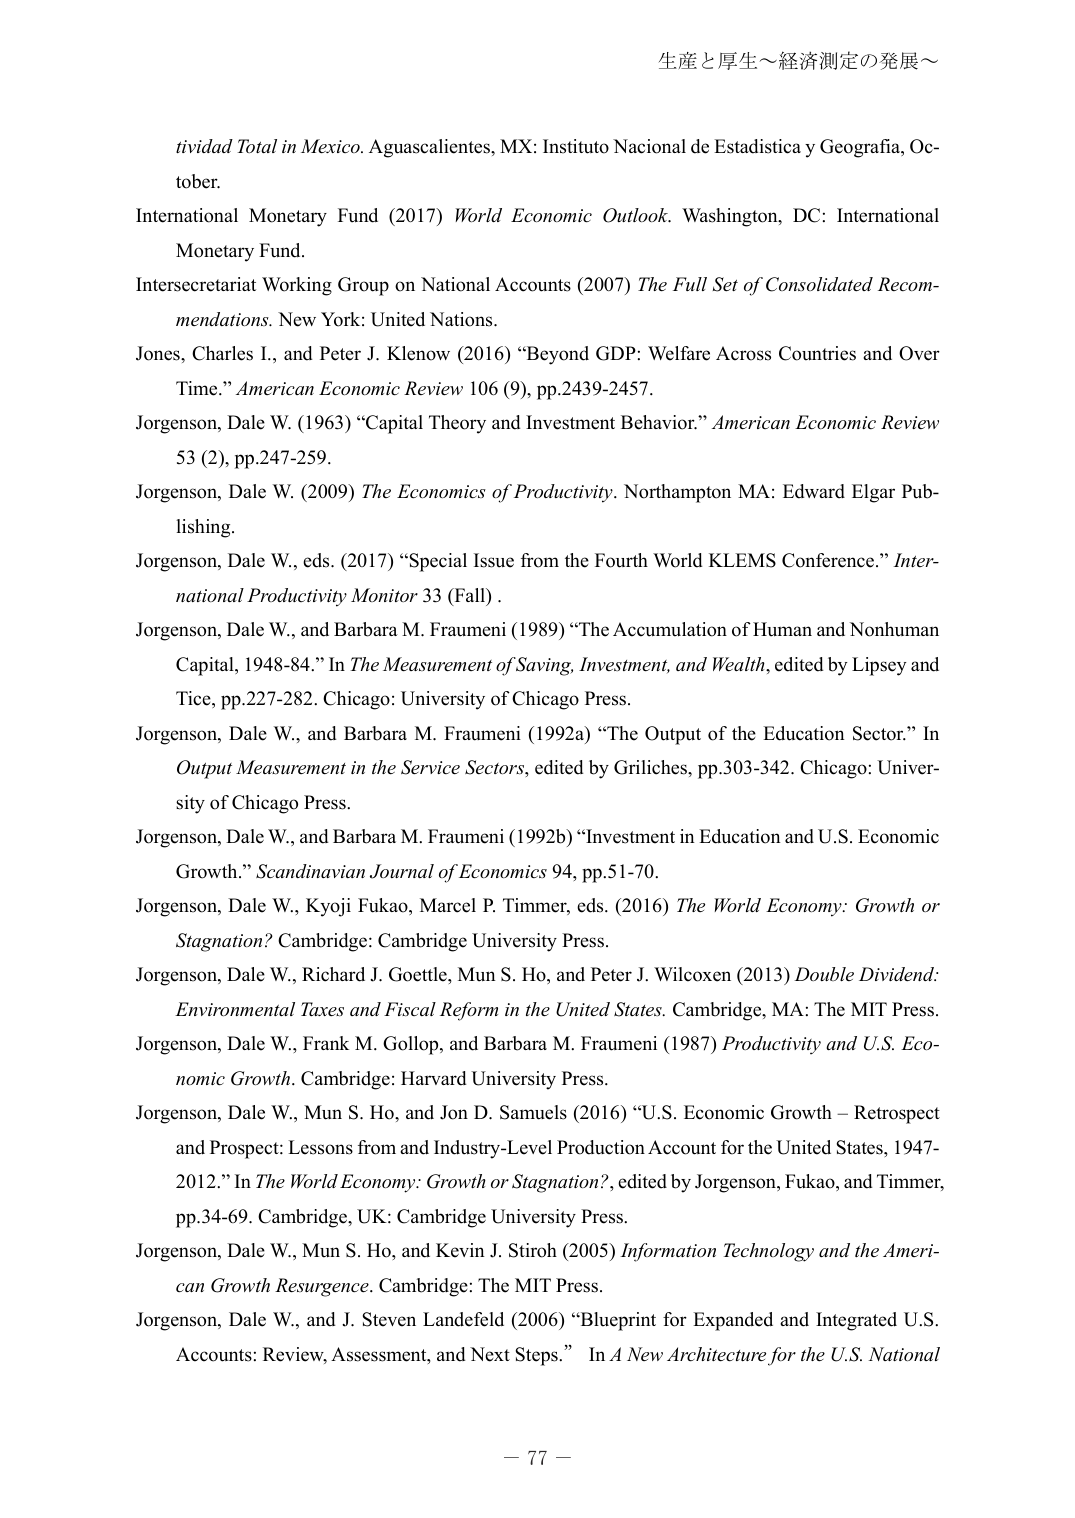
生産と厚生～経済測定の発展～

tividad Total in Mexico. Aguascalientes, MX: Instituto Nacional de Estadistica y Geografia, October.

International Monetary Fund (2017) World Economic Outlook. Washington, DC: International Monetary Fund.

Intersecretariat Working Group on National Accounts (2007) The Full Set of Consolidated Recommendations. New York: United Nations.

Jones, Charles I., and Peter J. Klenow (2016) “Beyond GDP: Welfare Across Countries and Over Time.” American Economic Review 106 (9), pp.2439-2457.

Jorgenson, Dale W. (1963) “Capital Theory and Investment Behavior.” American Economic Review 53 (2), pp.247-259.

Jorgenson, Dale W. (2009) The Economics of Productivity. Northampton MA: Edward Elgar Publishing.

Jorgenson, Dale W., eds. (2017) “Special Issue from the Fourth World KLEMS Conference.” International Productivity Monitor 33 (Fall).

Jorgenson, Dale W., and Barbara M. Fraumeni (1989) “The Accumulation of Human and Nonhuman Capital, 1948-84.” In The Measurement of Saving, Investment, and Wealth, edited by Lipsey and Tice, pp.227-282. Chicago: University of Chicago Press.

Jorgenson, Dale W., and Barbara M. Fraumeni (1992a) “The Output of the Education Sector.” In Output Measurement in the Service Sectors, edited by Griliches, pp.303-342. Chicago: University of Chicago Press.

Jorgenson, Dale W., and Barbara M. Fraumeni (1992b) “Investment in Education and U.S. Economic Growth.” Scandinavian Journal of Economics 94, pp.51-70.

Jorgenson, Dale W., Kyoji Fukao, Marcel P. Timmer, eds. (2016) The World Economy: Growth or Stagnation? Cambridge: Cambridge University Press.

Jorgenson, Dale W., Richard J. Goettle, Mun S. Ho, and Peter J. Wilcoxen (2013) Double Dividend: Environmental Taxes and Fiscal Reform in the United States. Cambridge, MA: The MIT Press.

Jorgenson, Dale W., Frank M. Gollop, and Barbara M. Fraumeni (1987) Productivity and U.S. Economic Growth. Cambridge: Harvard University Press.

Jorgenson, Dale W., Mun S. Ho, and Jon D. Samuels (2016) “U.S. Economic Growth – Retrospect and Prospect: Lessons from and Industry-Level Production Account for the United States, 1947-2012.” In The World Economy: Growth or Stagnation?, edited by Jorgenson, Fukao, and Timmer, pp.34-69. Cambridge, UK: Cambridge University Press.

Jorgenson, Dale W., Mun S. Ho, and Kevin J. Stiroh (2005) Information Technology and the American Growth Resurgence. Cambridge: The MIT Press.

Jorgenson, Dale W., and J. Steven Landefeld (2006) “Blueprint for Expanded and Integrated U.S. Accounts: Review, Assessment, and Next Steps.” In A New Architecture for the U.S. National

－ 77 －